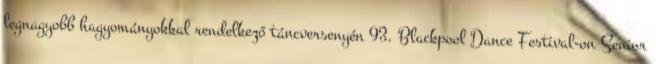
legnagyobb hagyományokkal rendelkező táncversenyén 93. Blackpool Dance Festival-on Senior